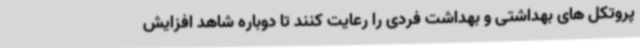
پروتکل های بهداشتی و بهداشت فردی را رعایت کنند تا دوباره شاهد افزایش